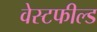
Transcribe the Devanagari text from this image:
वेस्टफील्ड